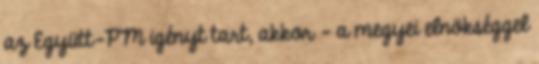
az Együtt-PM igényt tart, akkor – a megyei elnökséggel